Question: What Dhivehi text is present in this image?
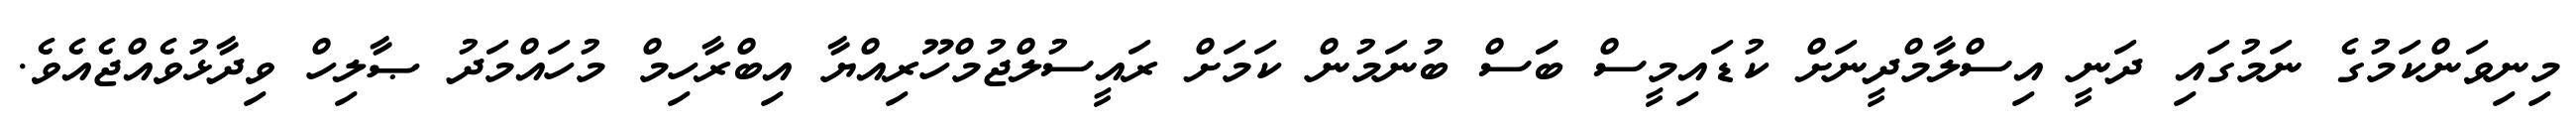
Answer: މިނިވަންކަމުގެ ނަމުގައި ދަނީ އިސްލާމްދީނަށް ކުޑައިމީސް ބަަސް ބުނަމުން ކަމަށް ރައީސުލްޖުމްހޫރިއްޔާ އިބްރާހިމް މުހައްމަދު ޞާލިހް ވިދާޅުވެއްޖެއެވެ.